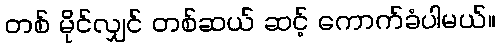
တစ် မိုင်လျှင် တစ်ဆယ် ဆင့် ကောက်ခံပါမယ်။